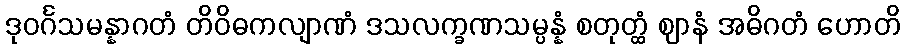
ဒုဝင်္ဂသမန္နာဂတံ တိဝိဓကလျာဏံ ဒသလက္ခဏသမ္ပန္နံ စတုတ္ထံ ဈာနံ အဓိဂတံ ဟောတိ